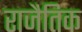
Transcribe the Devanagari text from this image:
राजैतिक